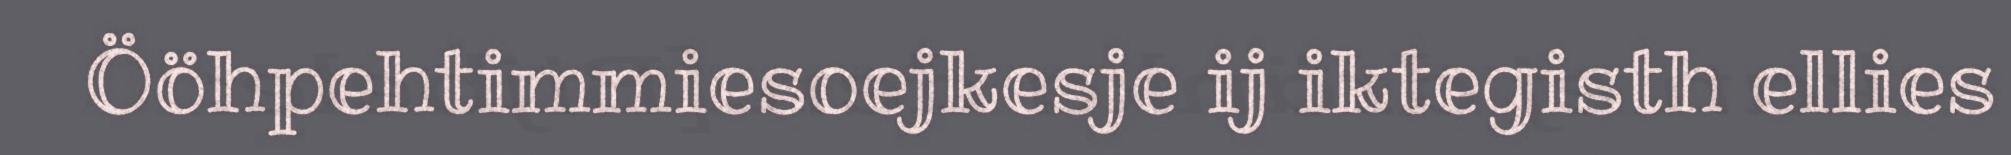
Ööhpehtimmiesoejkesje ij iktegisth ellies